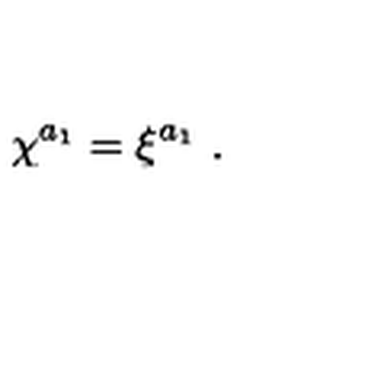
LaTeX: \chi ^ { a _ { 1 } } = \xi ^ { a _ { 1 } } \ .